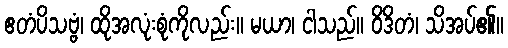
ဧတံပိသဗ္ဗံ၊ ထိုအလုံးစုံကိုလည်း။ မယာ၊ ငါသည်။ ဝိဒိတံ၊ သိအပ်၏။